Civil Veterinary Dept. Bombay admin report 1893-99 - 1893-1899
Year: 1893
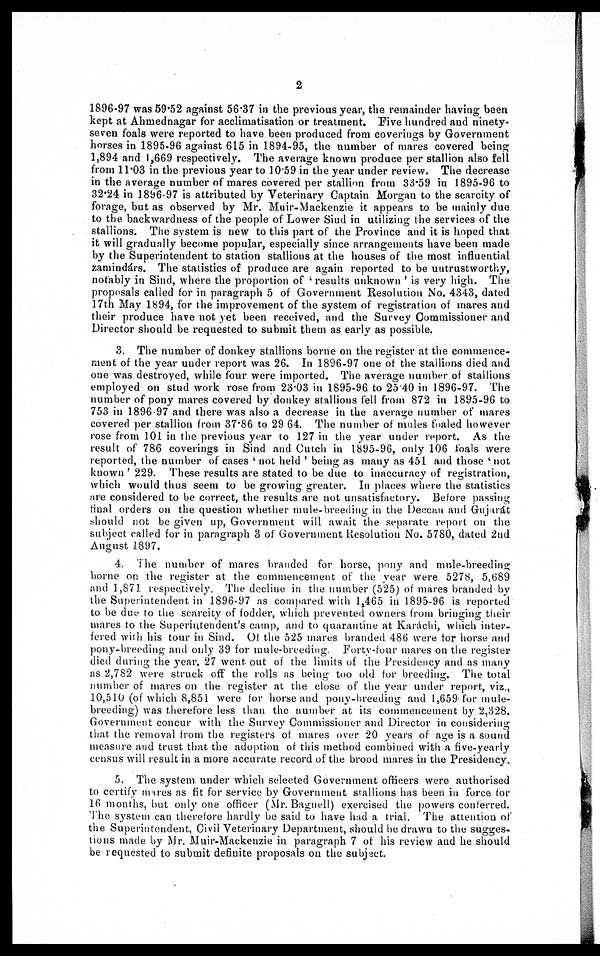
2
1896-97 was 59.52 against 56.37 in the previous year, the remainder having been
kept at Ahmednagar for acclimatisation or treatment. Five hundred and ninety-
seven foals were reported to have been produced from coverings by Government
horses in 1895-96 against 615 in 1894-95, the number of mares covered being
1,894 and 1,669 respectively. The average known produce per stallion also fell
from 11.03 in the previous year to 10.59 in the year under review. The decrease
in the average number of mares covered per stallion from 33.59 in 1895-96 to
32.24 in 1896-97 is attributed by Veterinary Captain Morgan to the scarcity of
forage, but as observed by Mr. Muir-Mackenzie it appears to be mainly due
to the backwardness of the people of Lower Sind in utilizing the services of the
stallions. The system is new to this part of the Province and it is hoped that
it will gradually become popular, especially since arrangements have been made
by the Superintendent to station stallions at the houses of the most influential
zamindárs. The statistics of produce are again reported to be untrustworthy,
notably in Sind, where the proportion of 'results unknown' is very high. The
proposals called for in paragraph 5 of Government Resolution No. 4343, dated
17th May 1894, for the improvement of the system of registration of mares and
their produce have not yet been received, and the Survey Commissioner and
Director should be requested to submit them as early as possible.
3. The number of donkey stallions borne on the register at the commence-
ment of the year under report was 26. In 1896-97 one of the stallions died and
one was destroyed, while four were imported. The average number of stallions
employed on stud work rose from 23.03 in 1895-96 to 25.40 in 1896-97. The
number of pony mares covered by donkey stallions fell from 872 in 1895-96 to
753 in 1896 97 and there was also a decrease in the average number of mares
covered per stallion from 37.86 to 29.64. The number of mules foaled however
rose from 101 in the previous year to 127 in the year under report. As the
result of 786 coverings in Sind and Cutch in 1895-96, only 106 foals were
reported, the number of cases 'not held' being as many as 451 and those 'not
known' 229. These results are stated to be due to inaccuracy of registration,
which would thus seem to be growing greater. In places where the statistics
are considered to be correct, the results are not unsatisfactory. Before passing
final orders on the question whether mule-breeding in the Deccan and Gujarát
should not be given up, Government will await the separate report on the
subject called for in paragraph 3 of Government Resolution No. 5780, dated 2nd
August 1897.
4. The number of mares branded for horse, pony and mule-breeding
borne on the register at the commencement of the year were 5278, 5,689
and 1,871 respectively. The decline in the number (525) of mares branded by
the Superintendent in 1896-97 as compared with 1,465 in 1895-96 is reported
to be due to the scarcity of fodder, which prevented owners from bringing their
mares to the Superintendent's camp, and to quarantine at Karáchi, which inter-
fered with his tour in Sind. Of the 525 mares branded 486 were for horse and
pony-breeding and only 39 for mule-breeding. Forty-four mares on the register
died during the year, 27 went out of the limits of the Presidency and as many
as 2,782 were struck off the rolls as being too old for breeding. The total
number of mares on the register at the close of the year under report, viz.,
10,510 (of which 8,851 were for horse and pony-breeding and 1,659 for mule-
breeding) was therefore less than the number at its commencement by 2,328.
Government concur with the Survey Commissioner and Director in considering
that the removal from the registers of mares over 20 years of age is a sound
measure and trust that the adoption of this method combined with a five-yearly
census will result in a more accurate record of the brood mares in the Presidency.
5. The system under which selected Government officers were authorised
to certify mares as fit for service by Government stallions has been in force for
16 months, but only one officer (Mr. Bagnell) exercised the powers conferred.
The system can therefore hardly be said to have had a trial. The attention of
the Superintendent, Civil Veterinary Department, should be drawn to the sugges-
tions made by Mr. Muir-Mackenzie in paragraph 7 of his review and he should
be requested to submit definite proposals on the subject.